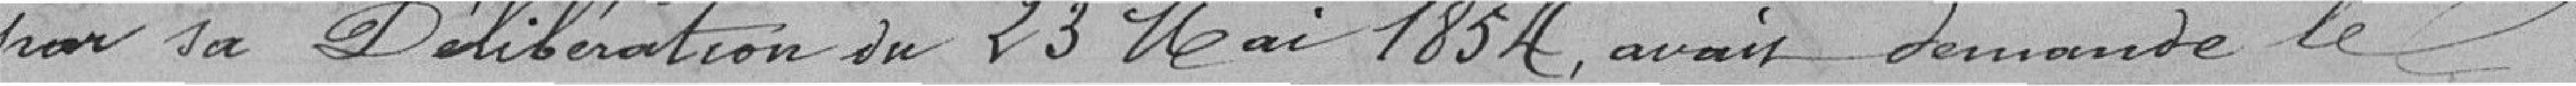
par sa délibération du 23 mai 1854, avait demandé le